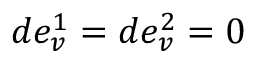
d e _ { v } ^ { 1 } = d e _ { v } ^ { 2 } = 0